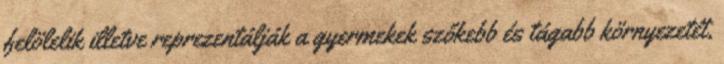
felölelik illetve reprezentálják a gyermekek szőkebb és tágabb környezetét,